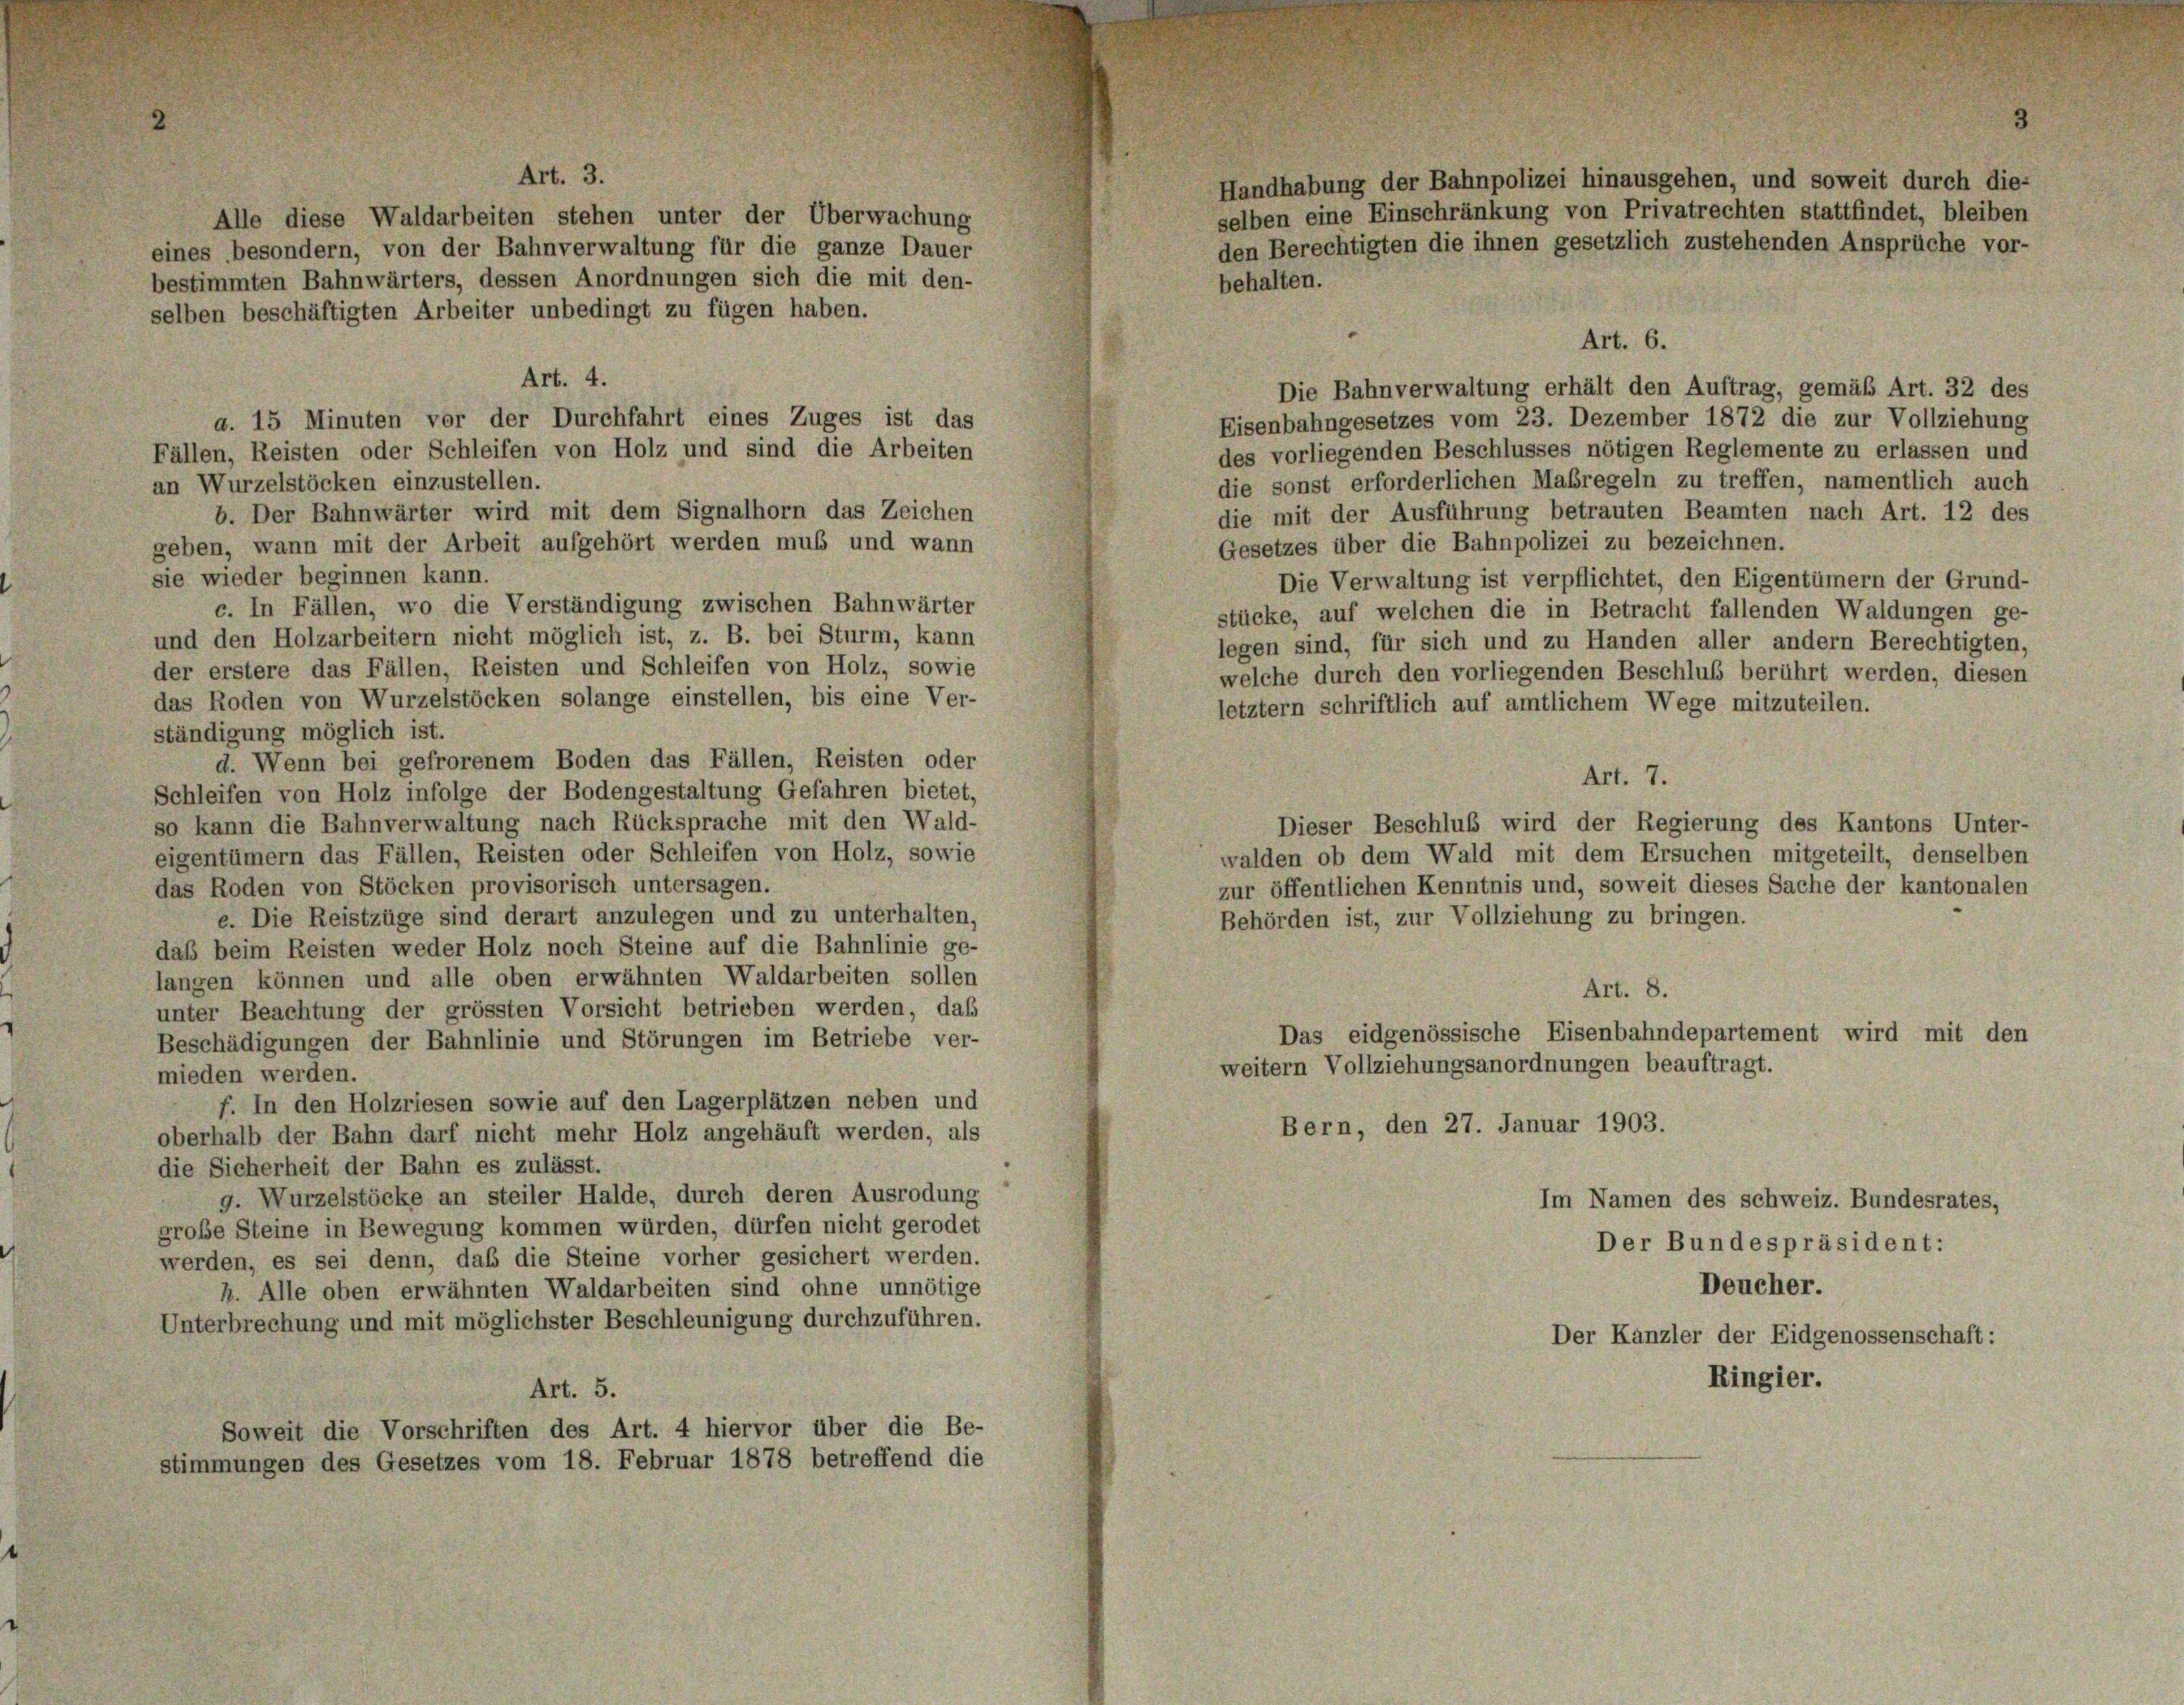
Alle diese Waldarbeiten stehen unter der Überwachung
eines besondern, von der Bahnverwaltung für die ganze Dauer
bestimmten Bahnwärters, dessen Anordnungen sich die mit den-
selben beschäftigten Arbeiter unbedingt zu fügen haben.
Art. 4.
a. 15 Minuten vor der Durchfahrt eines Zuges ist das
Eisenbahngesetzes vom 23. Dezember 1872 die zur Vollziehung
des vorliegenden Beschlusses nötigen Reglemente zu erlassen und
Fällen, Reisten oder Schleifen von Holz und sind die Arbeiten
die sonst erforderlichen Maßregeln zu treffen, namentlich auch
an Wurzelstöcken einzustellen.
b. Der Bahnwärter wird mit dem Signalhorn das Zeichen
die mit der Ausführung betrauten Beamten nach Art. 12 des
Gesetzes über die Bahnpolizei zu bezeichnen.
geben, wann mit der Arbeit aufgehört werden muß und wann
sie wieder beginnen kann.
Die Verwaltung ist verpflichtet, den Eigentümern der Grund-
c. In Fällen, wo die Verständigung zwischen Bahnwärter
stücke, auf welchen die in Betracht fallenden Waldungen ge-
und den Holzarbeitern nicht möglich ist, z. B. bei Sturm, kann
legen sind, für sich und zu Handen aller andern Berechtigten,
der erstere das Fällen, Reisten und Schleifen von Holz, sowie
welche durch den vorliegenden Beschluß berührt werden, diesen
das Roden von Wurzelstöcken solange einstellen, bis eine Ver-
letztem schriftlich auf amtlichem Wege mitzuteilen.
ständigung möglich ist.
d. Wenn bei gefrorenem Boden das Fällen, Reisten oder
Schleifen von Holz infolge der Bodengestaltung Gefahren bietet,
so kann die Bahnverwaltung nach Rücksprache mit den Wald-
Dieser Beschluß wird der Regierung des Kantons Unter-
eigentümern das Fällen, Reisten oder Schleifen von Holz, sowie
walden ob dem Wald mit dem Ersuchen mitgeteilt, denselben
zur öffentlichen Kenntnis und, soweit dieses Sache der kantonalen
das Roden von Stöcken provisorisch untersagen.
e. Die Reistzüge sind derart anzulegen und zu unterhalten,
Behörden ist, zur Vollziehung zu bringen.
daß beim Reisten weder Holz noch Steine auf die Bahnlinie ge-
langen können und alle oben erwähnten Waldarbeiten sollen
Art. 8.
unter Beachtung der grössten Vorsicht betrieben werden, daß
Das eidgenössische Eisenbahndepartement wird mit den
Beschädigungen der Bahnlinie und Störungen im Betriebe ver-
weitern Vollziehungsanordnungen beauftragt.
mieden werden.
f. In den Holzriesen sowie auf den Lagerplätzen neben und
Bern, den 27. Januar 1903.
oberhalb der Bahn darf nicht mehr Holz angehäuft werden, als
die Sicherheit der Bahn es zulässt.
g. Wurzelstöcke an steiler Halde, durch deren Ausrodung
Im Namen des schweiz. Bundesrates,
große Steine in Bewegung kommen würden, dürfen nicht gerodet
Der Bundespräsident:
werden, es sei denn, daß die Steine vorher gesichert werden.
Deucher.
h. Alle oben erwähnten Waldarbeiten sind ohne unnötige
Unterbrechung und mit möglichster Beschleunigung durchzuführen.
Der Kanzler der Eidgenossenschaft:
Ringier.
Art. 5.
Soweit die Vorschriften des Art. 4 hiervor über die Be-
stimmungen des Gesetzes vom 18. Februar 1878 betreffend die

Handhabung der Bahnpolizei hinausgehen, und soweit durch die-
selben eine Einschränkung von Privatrechten stattfindet, bleiben
den Berechtigten die ihnen gesetzlich zustehenden Ansprüche vor-
behalten.

Art. 6.
Die Bahnverwaltung erhält den Auftrag, gemäß Art. 32 des

Art. 7.